Annual administration report of the Civil Veterinary Department of India - 1908-1909
Year: 1908
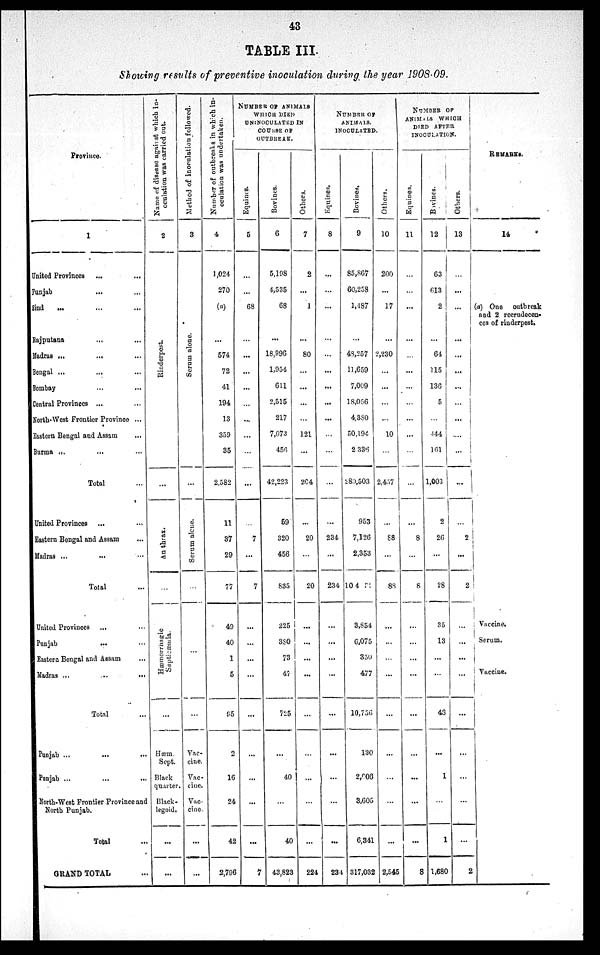
43
TABLE III.
Showing results of preventive inoculation during the year 1908-09.
Province.
1
United Provinces ... ...
Punjab ... ...
Sind ... ... ...
Rajputana ... ...
Madras
...
... ...
Bengal ... ... ...
Bombay ... ...
Central Provinces ... ...
North-West Frontier Province ...
Eastern Bengal and Assam ...
Burma
...
... ...
Total ...
United Provinces ... ...
Eastern Bengal and Assam
Madras ... ... ...
Total ...
United Provinces ... ...
Punjab ... ...
Eastern Bengal and Assam ... ...
Madras ...
...
...
Total ...
Punjab ... ... ...
Punjab ... ... ...
North-West Frontier Province and
North Punjab.
Total ...
GRAND TOTAL ...
Name of disease against
which in¬
cculation
was carried out.
2
Rinderpest.
...
Anthrax.
Hæmorrhagic
Septicæmia.
...
Hæm.
Sept.
Black
quarter.
Black¬
legoid.
...
...
Method
of inoculation followed.
3
Se r
um alone.
...
Serum alone.
...
...
Vac-
cine.
Vac-
cine.
Vac-
cine
...
...
Number of outbreaks in which in-
oculation was undertaken.
4
1,024
270
(a)
...
574
72
41
194
13
339
35
2,582
11
37
29
77
49
40
1
5
95
2
16
24
42
2,796
NUMBER OF ANIMALS
WHICH DIED
UNINOCULATED IN
COURSE OF
OUTBREAK.
Equines.
5
...
...
68
...
...
...
...
...
...
...
...
...
...
7
......
7
...
...
...
...
...
...
...
...
...
7
Bovines.
6
5,198
4,535
68
...
18,996
1,954
611
2,515
217
7,673
456
42,223
59
320
456
835
225
380
73
47
725
...
40
...
40
43,823
Others.
7
2
...
1
...
80
...
...
...
...
121
...
204
...
20
...
20
...
...
...
...
...
...
...
...
...
224
NUMBER OF
ANIMALS.
INOCULATED.
Equines.
8
...
...
...
...
...
...
...
...
...
...
...
...
...
234
...
234
...
...
...
...
...
...
...
...
...
234
Bovines.
9
85,867
60,258
1,487
...
48,257
11,659
7,009
18,056
4,380
50,194
2,336
289,503
953
7,126
2,353
10481
3,854
6,075
350
477
10,756
130
2,906
3,605
6,341
317,032
Others.
10
200
...
17
...
2,230
...
...
...
...
10
...
2,457
...
88
...
88
...
...
...
...
...
...
...
...
...
2,545
NUMBER
OF
ANIMALS WHICH
DIED
AFTER
INOCULATION.
Equines.
11
...
...
...
...
...
...
...
...
...
...
...
...
...
8
...
8
...
...
...
...
...
...
...
...
...
8
Bovines.
12
63
613
2
...
64
115
136
5
...
144
161
1,003
2
26
...
28
35
13
...
...
43
...
1
...
1
1,680
Others.
13
...
...
...
...
...
...
...
...
...
...
...
...
...
2
...
2
...
...
...
...
...
...
...
...
...
2
REMARKS.
14
(a) One outbreak
and 2 recrudecen¬
ces of rinderpest.
Vaccine.
Serum.
Vaccine.